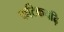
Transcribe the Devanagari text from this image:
फटिकचढ़ि